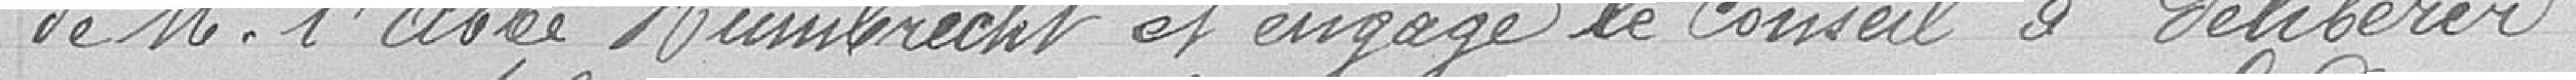
de Monsieur l'abbé Humbrecht et engage le conseil à délibérer :